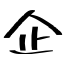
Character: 企